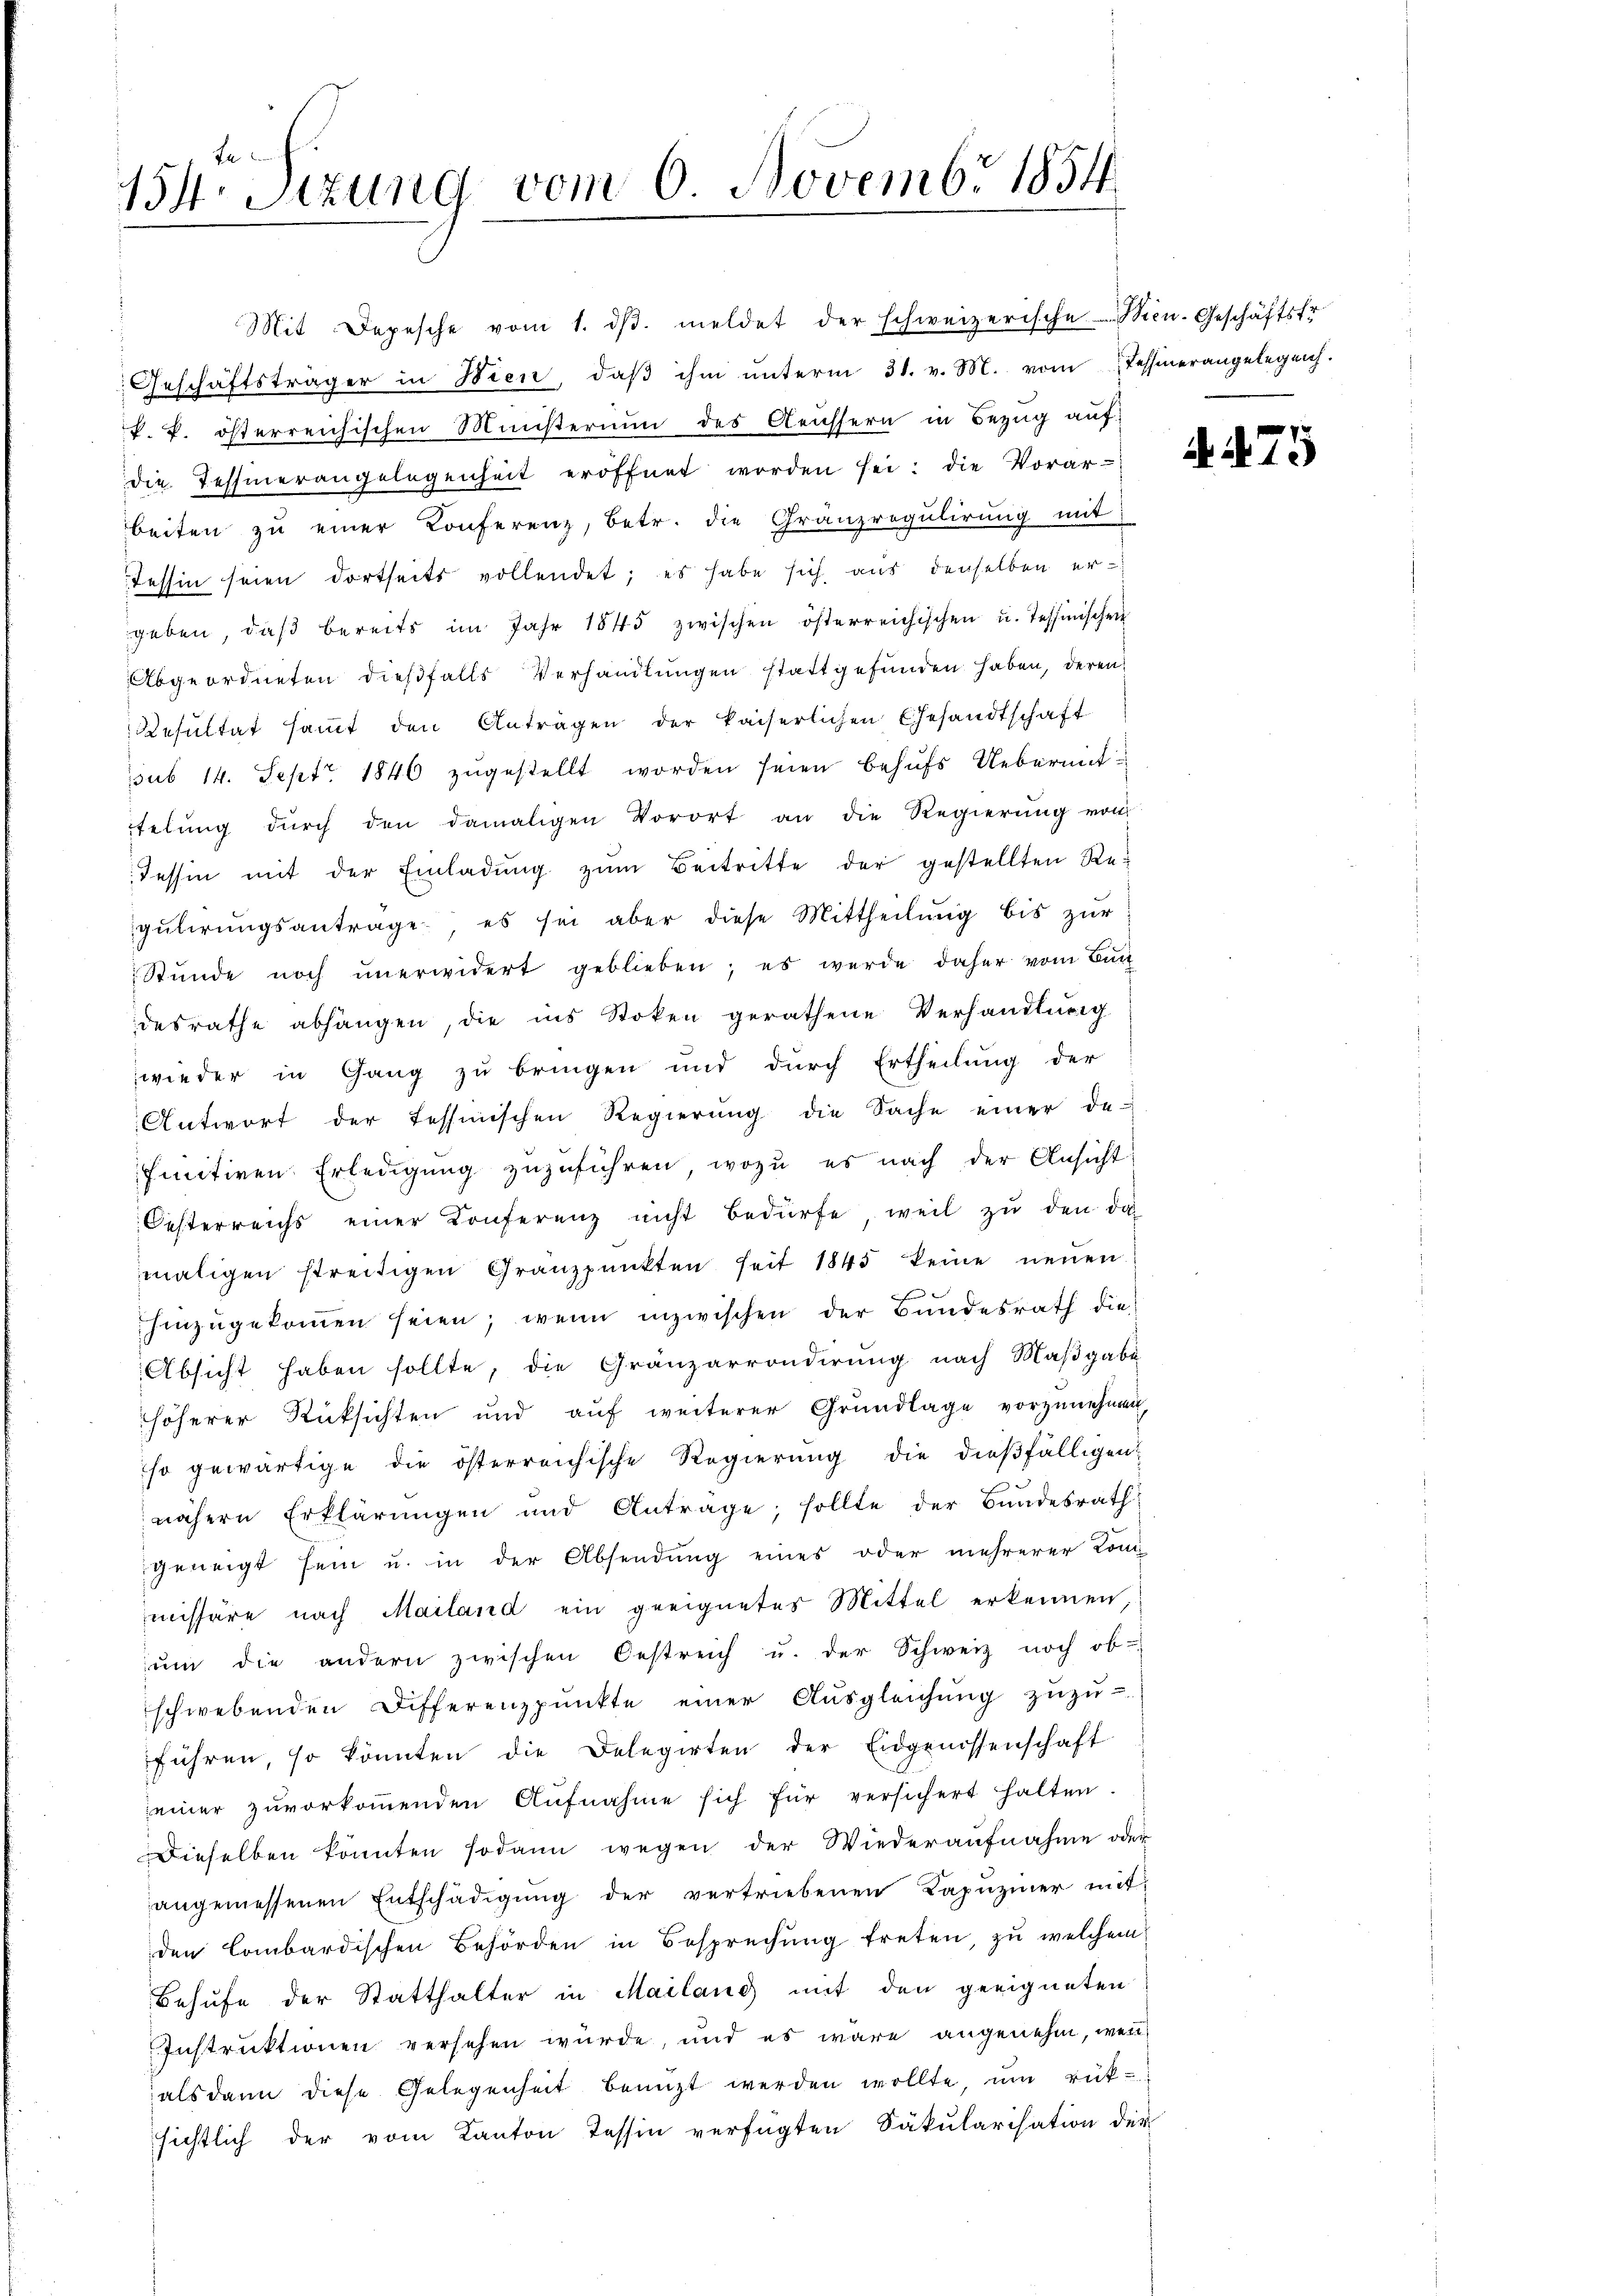
te
134. Sitzung vom 6 Novembr 1854.

Mit Depesche vom 1. dβ. meldet der schweizerische Bien-Geschäftsfr
Geschäftsträger in Wien, daβ ihm ŭnterm 31. v. M. vom Tessinerangelegen.
k. k. österreichischen Ministerium des Aeussern in Bezug auf
die Tessinerangelegenheit eröffnet worden sei; die Vorar-
beiten zŭ einer Konferenz, betr. die Gränzregulirung mit
Tessin seien dortseits vollendet; es habe sich aus denselben er-
geben, daβ bereits im Jahr 1845 zwischen österreichischen u. Tessinischen
Abgeordneten dießfalls Verhandlungen stattgefunden haben, deren
Resultat saṁt den Anträgen der kaiserlichen Gesandtschaft
sub 14. Sept. 1846 zŭgestellt worden seien behŭfs Uebermittelung durch den damaligen Vorort an die Regierung von
Tessin mit der Einladŭng zŭm Beitritte der gestellten Re-
gŭtirŭngsantrage es sei aber diese Mittheilŭng bis zŭr
Stŭnde noch ŭnerwidert geblieben; es werde daher vom Buch
desrathe abhängen, die ins Stoken gerathene Verhandlung
wieder in Gang zu bringen und durch Ertheilung der
Antwort der Tessinischen Regierŭng die Sache einer de-
finitiven Erledigung zuzuführen, wozu es nach der Ansicht
Oesterreichs einer Conferenz nicht bedürfe, weil zu den da-
maligen streitigen Granzpunkten seit 1845 keine neŭen
hinzugekommen seien, wenn inzwischen der Bundesrath die
Absicht haben sollte, die Gränzarrondirŭng nach Maβgabe
höherer Rücksichten und aŭf weiterer Grŭndlage vorzŭnehmen,
so gewärtige die österreichische Regierung die dießfälligen
nähern Erklärungen und Anträge; sollte der Bundesrath
geneigt sein u. in der Absendung eines oder mehrerer Kommissäre nach Mailand ein geeignetes Mittel erkennen,
ŭm die andern zwischen Oestreich u. der Schweiz noch ob-
schwebenden Differenzpŭnkte einer Aŭsgleichŭng zŭzŭ-
führen, so könnten die Delegirten der Eidgenossenschaft
seiner zuvorkoṁenden Aŭfnahme sich für versichert halten.
Dieselben könnten sodann wegen der Wiederaufnahme oder
angemessenen Entschädigŭng der vertriebenen Kapŭziner mit
den Combardischen Behörden in Besprechŭng treten, zu welchem
Behufe der Statthalter in Mailang mit den geeigneten
Instruktionen versehen wurde, und es wäre angenehm, wenn
alsdann diese Gelegenheit benützt werden wollte, um rüksichtlich der vom Kanton Tessin verfügten Säkularisation der

. N. 25